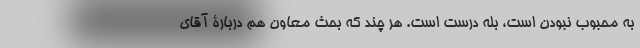
به محبوب نبودن است، بله درست است. هر چند که بحث معاون هم دربارۀ آقای